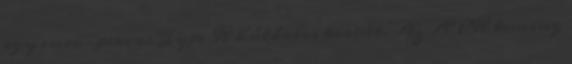
egy euro-piacos Type R hűtőrács került. Az APR tuning